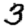
Digit: 3